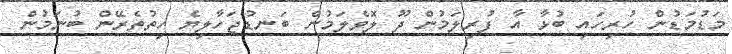
މަޑުމަޑުން ހުރިހައި ބުޅާ އާ ފުރިލަމުން ދޫ ލޮވެލަމުން ބަނޑުޖަހާލިޔެ ހިތުތެރޭން ބުނަމުން